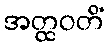
အတ္ထဝတိံ